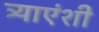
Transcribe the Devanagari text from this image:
त्र्याएंशी